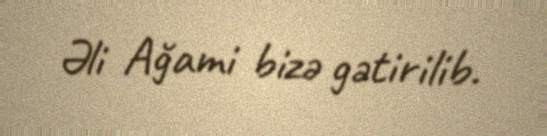
Əli Ağami bizə gətirilib.